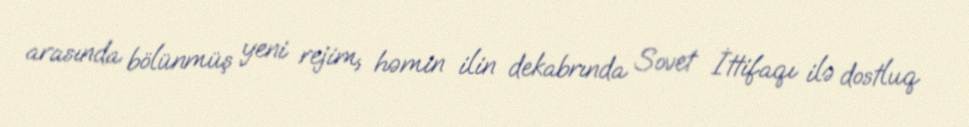
arasında bölünmüş yeni rejim, həmin ilin dekabrında Sovet İttifaqı ilə dostluq